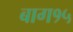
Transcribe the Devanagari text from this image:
बाग१५